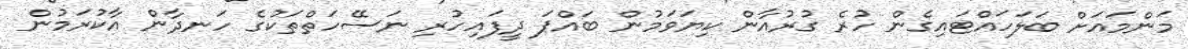
މަންމައަށް ބަލަހައްޓައިގެން ހުރެ ގުރުއާން ކިޔަވަމުން ބައްޕަ ދީފައިހުރި ނަސޭހަތްތަކުގެ ހަނދާން އާކުރަމުން